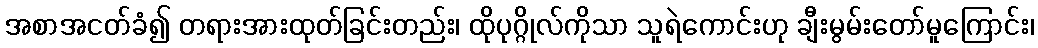
အစာအငတ်ခံ၍ တရားအားထုတ်ခြင်းတည်း၊ ထိုပုဂ္ဂိုလ်ကိုသာ သူရဲကောင်းဟု ချီးမွမ်းတော်မူကြောင်း၊